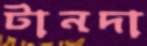
টানদা